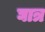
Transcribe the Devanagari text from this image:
घात्र